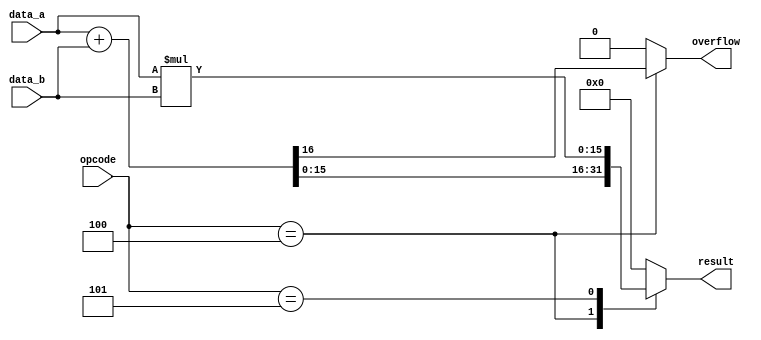
module ALU_Operations #(parameter N = 16) (
    input [N-1:0] data_a,
    input [N-1:0] data_b,
    input [2:0] opcode,
    output reg [N-1:0] result,
    output reg overflow
);

    always @(*) begin
        overflow = 0;
        case (opcode)
            3'b100: begin // Addition
                {overflow, result} = data_a + data_b;
            end
            3'b101: begin // Multiplication
                result = data_a * data_b; // Assuming no overflow for multiplication in this simplified example
            end
            default: result = 0;
        endcase
    end

endmodule